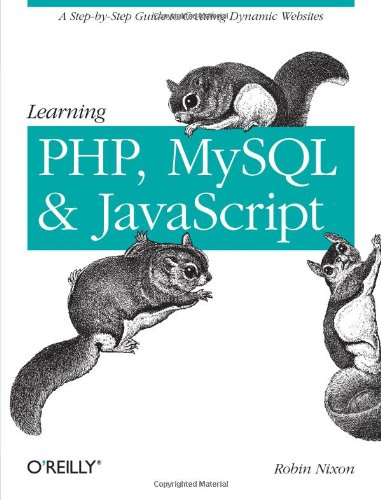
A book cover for Learning PHP, MySQL, and JavaScript: A Step-By-Step Guide to Creating Dynamic Websites (Animal Guide); Robin Nixon; Computers & Technology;